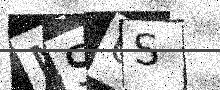
Text: MSUS